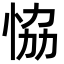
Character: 恊